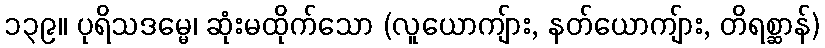
၁၃၉။ ပုရိသဒမ္မေ၊ ဆုံးမထိုက်သော (လူယောကျ်ား, နတ်ယောကျ်ား, တိရစ္ဆာန်)